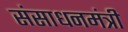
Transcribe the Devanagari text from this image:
संसाधनमंत्री